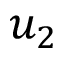
u _ { 2 }